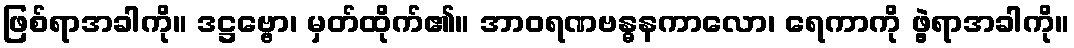
ဖြစ်ရာအခါကို။ ဒဋ္ဌဗ္ဗော၊ မှတ်ထိုက်၏။ အာဝရဏဗန္ဓနကာလော၊ ရေကာကို ဖွဲ့ရာအခါကို။